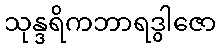
သုန္ဒရိကဘာရဒွါဇော